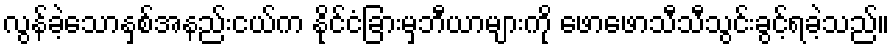
လွန်ခဲ့သောနှစ်အနည်းငယ်က နိုင်ငံခြားမှဘီယာများကို ဖောဖောသီသီသွင်းခွင့်ရခဲ့သည်။